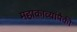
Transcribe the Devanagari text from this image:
महाकाव्यांपैकी